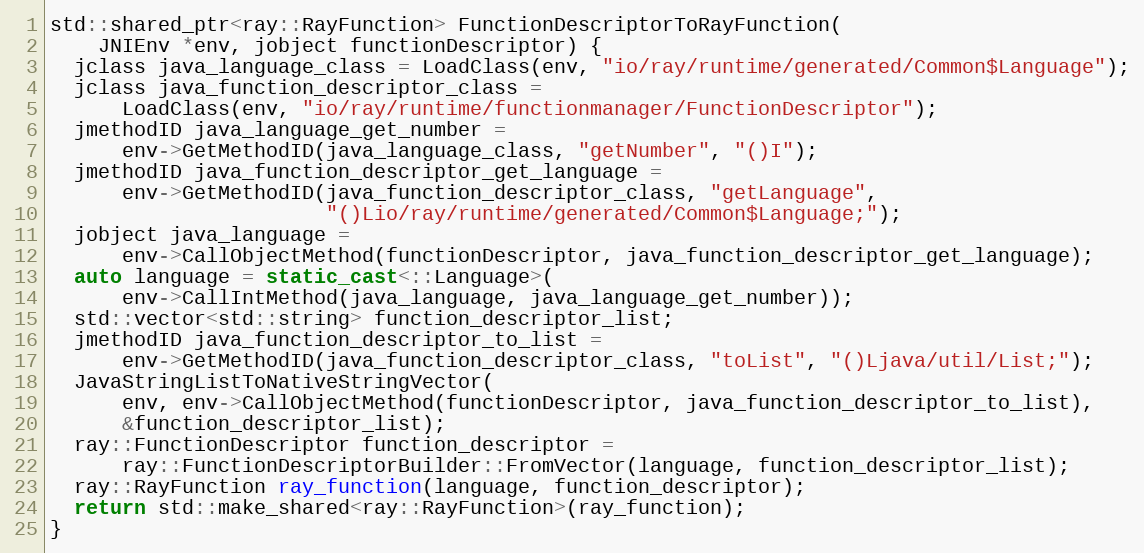
Language: C++
std::shared_ptr<ray::RayFunction> FunctionDescriptorToRayFunction(
    JNIEnv *env, jobject functionDescriptor) {
  jclass java_language_class = LoadClass(env, "io/ray/runtime/generated/Common$Language");
  jclass java_function_descriptor_class =
      LoadClass(env, "io/ray/runtime/functionmanager/FunctionDescriptor");
  jmethodID java_language_get_number =
      env->GetMethodID(java_language_class, "getNumber", "()I");
  jmethodID java_function_descriptor_get_language =
      env->GetMethodID(java_function_descriptor_class, "getLanguage",
                       "()Lio/ray/runtime/generated/Common$Language;");
  jobject java_language =
      env->CallObjectMethod(functionDescriptor, java_function_descriptor_get_language);
  auto language = static_cast<::Language>(
      env->CallIntMethod(java_language, java_language_get_number));
  std::vector<std::string> function_descriptor_list;
  jmethodID java_function_descriptor_to_list =
      env->GetMethodID(java_function_descriptor_class, "toList", "()Ljava/util/List;");
  JavaStringListToNativeStringVector(
      env, env->CallObjectMethod(functionDescriptor, java_function_descriptor_to_list),
      &function_descriptor_list);
  ray::FunctionDescriptor function_descriptor =
      ray::FunctionDescriptorBuilder::FromVector(language, function_descriptor_list);
  ray::RayFunction ray_function(language, function_descriptor);
  return std::make_shared<ray::RayFunction>(ray_function);
}